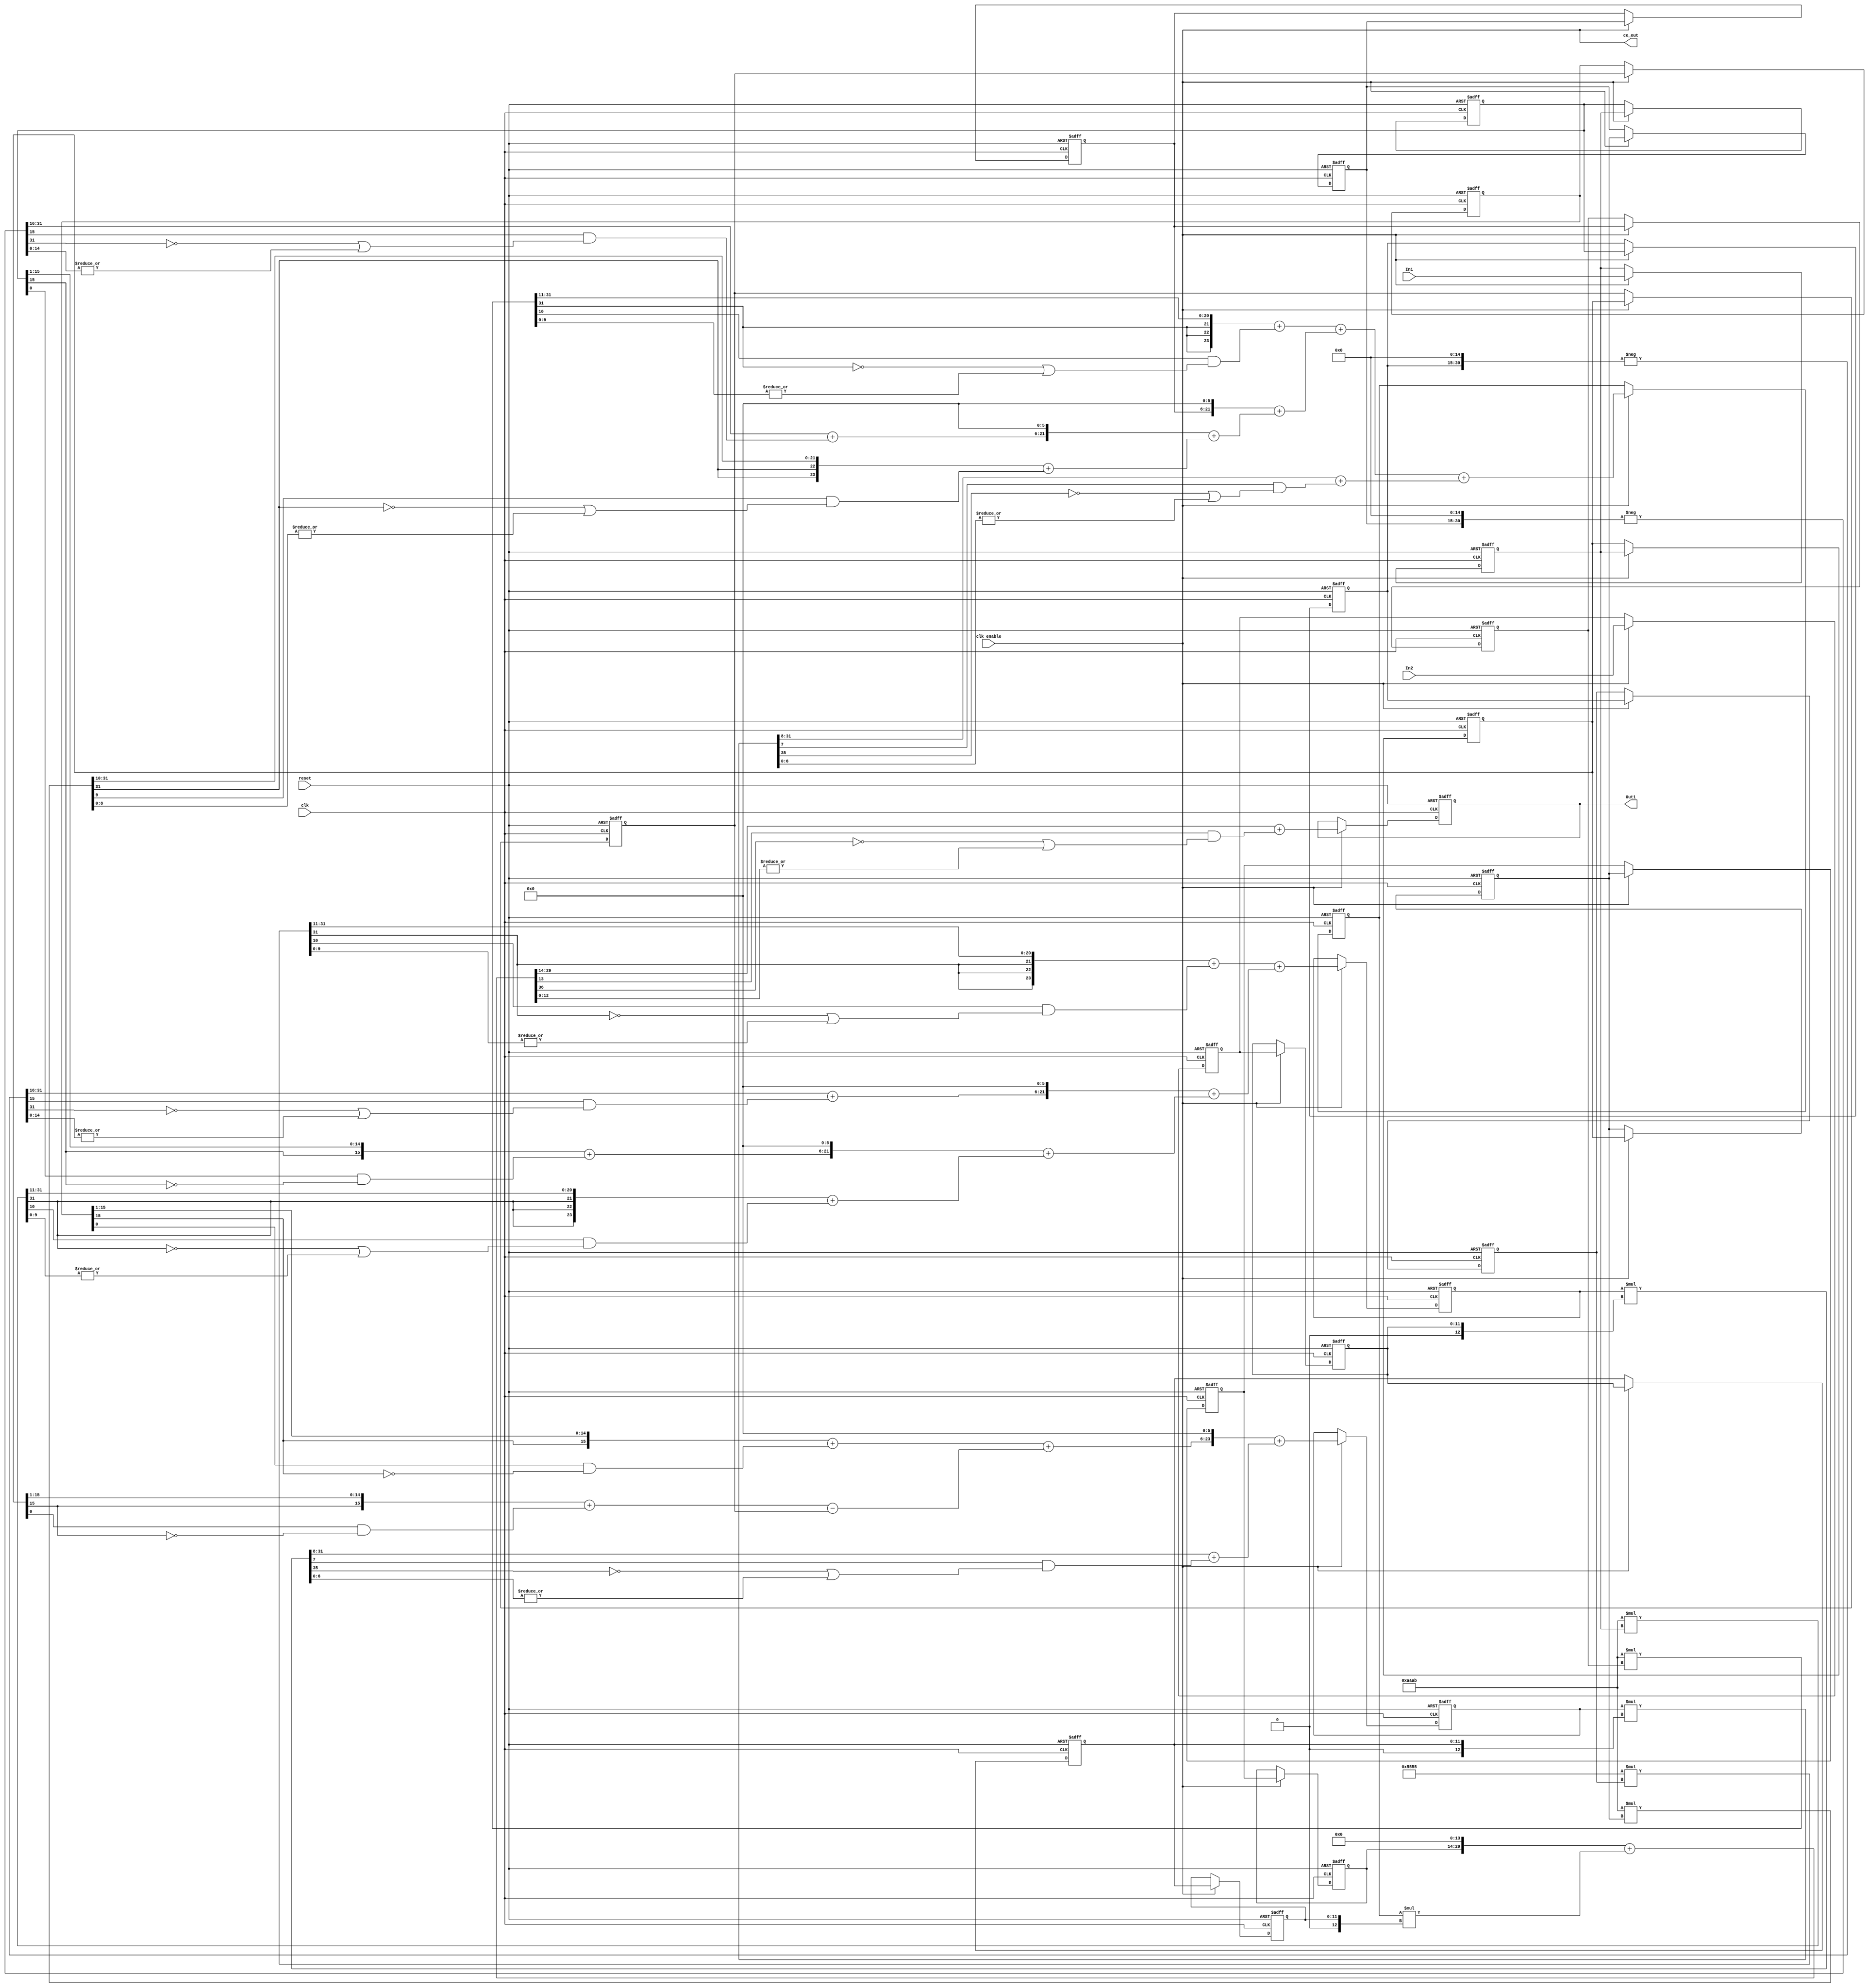
// -------------------------------------------------------------
// 
// 
// Generated by MATLAB 9.12 and HDL Coder 3.20
// 
// 
// -- -------------------------------------------------------------
// -- Rate and Clocking Details
// -- -------------------------------------------------------------
// Model base rate: 0.0001
// Target subsystem base rate: 0.0001
// 
// 
// Clock Enable  Sample Time
// -- -------------------------------------------------------------
// ce_out        0.0001
// -- -------------------------------------------------------------
// 
// 
// Output Signal                 Clock Enable  Sample Time
// -- -------------------------------------------------------------
// Out1                          ce_out        0.0001
// -- -------------------------------------------------------------
// 
// -------------------------------------------------------------


// -------------------------------------------------------------
// 
// Module: Farrow_Canonic
// Source Path: Lab2_farrow_impl2/Farrow_Canonic
// Hierarchy Level: 0
// 
// -------------------------------------------------------------

`timescale 1 ns / 1 ns

module Farrow_Canonic
          (clk,
           reset,
           clk_enable,
           In1,
           In2,
           ce_out,
           Out1);


  input   clk;
  input   reset;
  input   clk_enable;
  input   signed [15:0] In1;  // sfix16_En14
  input   [11:0] In2;  // ufix12_En8
  output  ce_out;
  output  signed [15:0] Out1;  // sfix16_En14


  wire enb;
  reg signed [15:0] Delay_out1;  // sfix16_En14
  reg signed [15:0] Delay13_out1;  // sfix16_En14
  reg signed [15:0] Delay17_out1;  // sfix16_En14
  reg signed [15:0] Delay20_out1;  // sfix16_En14
  reg signed [15:0] Delay8_out1;  // sfix16_En14
  reg signed [15:0] Delay9_out1;  // sfix16_En14
  reg signed [15:0] Delay10_out1;  // sfix16_En14
  wire signed [31:0] Gain1_mul_temp;  // sfix32_En31
  wire signed [23:0] Gain1_out1;  // sfix24_En20
  wire signed [31:0] Gain14_mul_temp;  // sfix32_En30
  wire signed [31:0] Gain14_1;  // sfix32
  wire signed [15:0] Gain14_out1;  // sfix16_En14
  wire signed [31:0] Gain5_mul_temp;  // sfix32_En30
  wire signed [23:0] Gain5_out1;  // sfix24_En20
  wire signed [24:0] Add8_add_cast;  // sfix25_En20
  wire signed [24:0] Add8_add_cast_1;  // sfix25_En20
  wire signed [24:0] Add8_out1;  // sfix25_En20
  wire signed [25:0] Add7_add_cast;  // sfix26_En20
  wire signed [25:0] Add7_add_cast_1;  // sfix26_En20
  wire signed [25:0] Add7_out1;  // sfix26_En20
  wire signed [26:0] Add6_add_cast;  // sfix27_En20
  wire signed [26:0] Add6_add_cast_1;  // sfix27_En20
  wire signed [26:0] Add6_add_temp;  // sfix27_En20
  wire signed [23:0] Add6_out1;  // sfix24_En20
  reg signed [15:0] Delay5_out1;  // sfix16_En14
  reg signed [15:0] Delay6_out1;  // sfix16_En14
  wire signed [31:0] Gain4_cast;  // sfix32_En29
  wire signed [15:0] Gain4_out1;  // sfix16_En14
  wire signed [31:0] Gain2_cast;  // sfix32_En29
  wire signed [15:0] Gain2_out1;  // sfix16_En14
  wire signed [16:0] Add11_sub_cast;  // sfix17_En14
  wire signed [16:0] Add11_sub_cast_1;  // sfix17_En14
  wire signed [16:0] Add11_out1;  // sfix17_En14
  wire signed [17:0] Add10_add_cast;  // sfix18_En14
  wire signed [17:0] Add10_add_cast_1;  // sfix18_En14
  wire signed [17:0] Add10_out1;  // sfix18_En14
  reg signed [15:0] Delay2_out1;  // sfix16_En14
  reg signed [15:0] Delay3_out1;  // sfix16_En14
  wire signed [31:0] Gain3_cast;  // sfix32_En29
  wire signed [15:0] Gain3_out1;  // sfix16_En14
  reg signed [15:0] Delay4_out1;  // sfix16_En14
  wire signed [31:0] Gain6_mul_temp;  // sfix32_En31
  wire signed [23:0] Gain6_out1;  // sfix24_En20
  wire signed [31:0] Gain7_mul_temp;  // sfix32_En30
  wire signed [31:0] Gain7_1;  // sfix32
  wire signed [15:0] Gain7_out1;  // sfix16_En14
  wire signed [31:0] Gain_mul_temp;  // sfix32_En31
  wire signed [23:0] Gain_out1;  // sfix24_En20
  wire signed [24:0] Add14_add_cast;  // sfix25_En20
  wire signed [24:0] Add14_add_cast_1;  // sfix25_En20
  wire signed [24:0] Add14_out1;  // sfix25_En20
  wire signed [25:0] Add13_add_cast;  // sfix26_En20
  wire signed [25:0] Add13_add_cast_1;  // sfix26_En20
  wire signed [25:0] Add13_out1;  // sfix26_En20
  wire signed [26:0] Add12_add_cast;  // sfix27_En20
  wire signed [26:0] Add12_add_cast_1;  // sfix27_En20
  wire signed [26:0] Add12_add_temp;  // sfix27_En20
  wire signed [23:0] Add12_out1;  // sfix24_En20
  reg signed [23:0] Delay7_out1;  // sfix24_En20
  reg [11:0] Delay14_out1;  // ufix12_En8
  reg [11:0] Delay12_out1;  // ufix12_En8
  wire signed [12:0] Product2_cast;  // sfix13_En8
  wire signed [36:0] Product2_mul_temp;  // sfix37_En28
  wire signed [35:0] Product2_cast_1;  // sfix36_En28
  wire signed [23:0] Product2_out1;  // sfix24_En20
  wire signed [24:0] Add5_add_cast;  // sfix25_En20
  wire signed [24:0] Add5_add_cast_1;  // sfix25_En20
  wire signed [24:0] Add5_add_temp;  // sfix25_En20
  wire signed [23:0] Add5_out1;  // sfix24_En20
  reg signed [23:0] Delay15_out1;  // sfix24_En20
  reg [11:0] Delay16_out1;  // ufix12_En8
  wire signed [12:0] Product_cast;  // sfix13_En8
  wire signed [36:0] Product_mul_temp;  // sfix37_En28
  wire signed [35:0] Product_cast_1;  // sfix36_En28
  wire signed [23:0] Product_out1;  // sfix24_En20
  wire signed [23:0] Add4_out1;  // sfix24_En20
  reg signed [23:0] Delay19_out1;  // sfix24_En20
  reg signed [15:0] Delay11_out1;  // sfix16_En14
  reg [11:0] Delay18_out1;  // ufix12_En8
  wire signed [12:0] Product1_cast;  // sfix13_En8
  wire signed [36:0] Product1_mul_temp;  // sfix37_En28
  wire signed [35:0] Product1_out1;  // sfix36_En28
  wire signed [36:0] Add3_add_cast;  // sfix37_En28
  wire signed [36:0] Add3_add_cast_1;  // sfix37_En28
  wire signed [36:0] Add3_add_temp;  // sfix37_En28
  wire signed [15:0] Add3_out1;  // sfix16_En14
  reg signed [15:0] Delay1_out1;  // sfix16_En14


  assign enb = clk_enable;

  always @(posedge clk or posedge reset)
    begin : Delay_process
      if (reset == 1'b1) begin
        Delay_out1 <= 16'sb0000000000000000;
      end
      else begin
        if (enb) begin
          Delay_out1 <= In1;
        end
      end
    end



  always @(posedge clk or posedge reset)
    begin : Delay13_process
      if (reset == 1'b1) begin
        Delay13_out1 <= 16'sb0000000000000000;
      end
      else begin
        if (enb) begin
          Delay13_out1 <= Delay_out1;
        end
      end
    end



  always @(posedge clk or posedge reset)
    begin : Delay17_process
      if (reset == 1'b1) begin
        Delay17_out1 <= 16'sb0000000000000000;
      end
      else begin
        if (enb) begin
          Delay17_out1 <= Delay13_out1;
        end
      end
    end



  always @(posedge clk or posedge reset)
    begin : Delay20_process
      if (reset == 1'b1) begin
        Delay20_out1 <= 16'sb0000000000000000;
      end
      else begin
        if (enb) begin
          Delay20_out1 <= Delay17_out1;
        end
      end
    end



  always @(posedge clk or posedge reset)
    begin : Delay8_process
      if (reset == 1'b1) begin
        Delay8_out1 <= 16'sb0000000000000000;
      end
      else begin
        if (enb) begin
          Delay8_out1 <= Delay17_out1;
        end
      end
    end



  always @(posedge clk or posedge reset)
    begin : Delay9_process
      if (reset == 1'b1) begin
        Delay9_out1 <= 16'sb0000000000000000;
      end
      else begin
        if (enb) begin
          Delay9_out1 <= Delay8_out1;
        end
      end
    end



  always @(posedge clk or posedge reset)
    begin : Delay10_process
      if (reset == 1'b1) begin
        Delay10_out1 <= 16'sb0000000000000000;
      end
      else begin
        if (enb) begin
          Delay10_out1 <= Delay9_out1;
        end
      end
    end



  assign Gain1_mul_temp = 16'sb1010101010101011 * Delay10_out1;
  assign Gain1_out1 = ({{3{Gain1_mul_temp[31]}}, Gain1_mul_temp[31:11]}) + $signed({1'b0, Gain1_mul_temp[10] & (( ~ Gain1_mul_temp[31]) | (|Gain1_mul_temp[9:0]))});



  // CSD Encoding (32768) : 1000000000000000; Cost (Adders) = 0
  assign Gain14_1 = {Delay8_out1[15], {Delay8_out1, 15'b000000000000000}};
  assign Gain14_mul_temp =  - (Gain14_1);
  assign Gain14_out1 = Gain14_mul_temp[31:16] + $signed({1'b0, Gain14_mul_temp[15] & (( ~ Gain14_mul_temp[31]) | (|Gain14_mul_temp[14:0]))});



  assign Gain5_mul_temp = 16'sb1010101010101011 * Delay17_out1;
  assign Gain5_out1 = ({{2{Gain5_mul_temp[31]}}, Gain5_mul_temp[31:10]}) + $signed({1'b0, Gain5_mul_temp[9] & (( ~ Gain5_mul_temp[31]) | (|Gain5_mul_temp[8:0]))});



  assign Add8_add_cast = {{3{Gain14_out1[15]}}, {Gain14_out1, 6'b000000}};
  assign Add8_add_cast_1 = {Gain5_out1[23], Gain5_out1};
  assign Add8_out1 = Add8_add_cast + Add8_add_cast_1;



  assign Add7_add_cast = {{4{Delay9_out1[15]}}, {Delay9_out1, 6'b000000}};
  assign Add7_add_cast_1 = {Add8_out1[24], Add8_out1};
  assign Add7_out1 = Add7_add_cast + Add7_add_cast_1;



  assign Add6_add_cast = {{3{Gain1_out1[23]}}, Gain1_out1};
  assign Add6_add_cast_1 = {Add7_out1[25], Add7_out1};
  assign Add6_add_temp = Add6_add_cast + Add6_add_cast_1;
  assign Add6_out1 = Add6_add_temp[23:0];



  always @(posedge clk or posedge reset)
    begin : Delay5_process
      if (reset == 1'b1) begin
        Delay5_out1 <= 16'sb0000000000000000;
      end
      else begin
        if (enb) begin
          Delay5_out1 <= Delay13_out1;
        end
      end
    end



  always @(posedge clk or posedge reset)
    begin : Delay6_process
      if (reset == 1'b1) begin
        Delay6_out1 <= 16'sb0000000000000000;
      end
      else begin
        if (enb) begin
          Delay6_out1 <= Delay5_out1;
        end
      end
    end



  assign Gain4_cast = {{2{Delay6_out1[15]}}, {Delay6_out1, 14'b00000000000000}};
  assign Gain4_out1 = Gain4_cast[30:15] + $signed({1'b0, Gain4_cast[14] & (( ~ Gain4_cast[31]) | (|Gain4_cast[13:0]))});



  assign Gain2_cast = {{2{Delay13_out1[15]}}, {Delay13_out1, 14'b00000000000000}};
  assign Gain2_out1 = Gain2_cast[30:15] + $signed({1'b0, Gain2_cast[14] & (( ~ Gain2_cast[31]) | (|Gain2_cast[13:0]))});



  assign Add11_sub_cast = {Gain2_out1[15], Gain2_out1};
  assign Add11_sub_cast_1 = {Delay5_out1[15], Delay5_out1};
  assign Add11_out1 = Add11_sub_cast - Add11_sub_cast_1;



  assign Add10_add_cast = {{2{Gain4_out1[15]}}, Gain4_out1};
  assign Add10_add_cast_1 = {Add11_out1[16], Add11_out1};
  assign Add10_out1 = Add10_add_cast + Add10_add_cast_1;



  always @(posedge clk or posedge reset)
    begin : Delay2_process
      if (reset == 1'b1) begin
        Delay2_out1 <= 16'sb0000000000000000;
      end
      else begin
        if (enb) begin
          Delay2_out1 <= Delay_out1;
        end
      end
    end



  always @(posedge clk or posedge reset)
    begin : Delay3_process
      if (reset == 1'b1) begin
        Delay3_out1 <= 16'sb0000000000000000;
      end
      else begin
        if (enb) begin
          Delay3_out1 <= Delay2_out1;
        end
      end
    end



  assign Gain3_cast = {{2{Delay2_out1[15]}}, {Delay2_out1, 14'b00000000000000}};
  assign Gain3_out1 = Gain3_cast[30:15] + $signed({1'b0, Gain3_cast[14] & (( ~ Gain3_cast[31]) | (|Gain3_cast[13:0]))});



  always @(posedge clk or posedge reset)
    begin : Delay4_process
      if (reset == 1'b1) begin
        Delay4_out1 <= 16'sb0000000000000000;
      end
      else begin
        if (enb) begin
          Delay4_out1 <= Delay3_out1;
        end
      end
    end



  assign Gain6_mul_temp = 16'sb0101010101010101 * Delay4_out1;
  assign Gain6_out1 = ({{3{Gain6_mul_temp[31]}}, Gain6_mul_temp[31:11]}) + $signed({1'b0, Gain6_mul_temp[10] & (( ~ Gain6_mul_temp[31]) | (|Gain6_mul_temp[9:0]))});



  // CSD Encoding (32768) : 1000000000000000; Cost (Adders) = 0
  assign Gain7_1 = {Delay3_out1[15], {Delay3_out1, 15'b000000000000000}};
  assign Gain7_mul_temp =  - (Gain7_1);
  assign Gain7_out1 = Gain7_mul_temp[31:16] + $signed({1'b0, Gain7_mul_temp[15] & (( ~ Gain7_mul_temp[31]) | (|Gain7_mul_temp[14:0]))});



  assign Gain_mul_temp = 16'sb1010101010101011 * Delay_out1;
  assign Gain_out1 = ({{3{Gain_mul_temp[31]}}, Gain_mul_temp[31:11]}) + $signed({1'b0, Gain_mul_temp[10] & (( ~ Gain_mul_temp[31]) | (|Gain_mul_temp[9:0]))});



  assign Add14_add_cast = {{3{Gain3_out1[15]}}, {Gain3_out1, 6'b000000}};
  assign Add14_add_cast_1 = {Gain_out1[23], Gain_out1};
  assign Add14_out1 = Add14_add_cast + Add14_add_cast_1;



  assign Add13_add_cast = {{4{Gain7_out1[15]}}, {Gain7_out1, 6'b000000}};
  assign Add13_add_cast_1 = {Add14_out1[24], Add14_out1};
  assign Add13_out1 = Add13_add_cast + Add13_add_cast_1;



  assign Add12_add_cast = {{3{Gain6_out1[23]}}, Gain6_out1};
  assign Add12_add_cast_1 = {Add13_out1[25], Add13_out1};
  assign Add12_add_temp = Add12_add_cast + Add12_add_cast_1;
  assign Add12_out1 = Add12_add_temp[23:0];



  always @(posedge clk or posedge reset)
    begin : Delay7_process
      if (reset == 1'b1) begin
        Delay7_out1 <= 24'sb000000000000000000000000;
      end
      else begin
        if (enb) begin
          Delay7_out1 <= Add12_out1;
        end
      end
    end



  always @(posedge clk or posedge reset)
    begin : Delay14_process
      if (reset == 1'b1) begin
        Delay14_out1 <= 12'b000000000000;
      end
      else begin
        if (enb) begin
          Delay14_out1 <= In2;
        end
      end
    end



  always @(posedge clk or posedge reset)
    begin : Delay12_process
      if (reset == 1'b1) begin
        Delay12_out1 <= 12'b000000000000;
      end
      else begin
        if (enb) begin
          Delay12_out1 <= Delay14_out1;
        end
      end
    end



  assign Product2_cast = {1'b0, Delay12_out1};
  assign Product2_mul_temp = Delay7_out1 * Product2_cast;
  assign Product2_cast_1 = Product2_mul_temp[35:0];
  assign Product2_out1 = Product2_cast_1[31:8] + $signed({1'b0, Product2_cast_1[7] & (( ~ Product2_cast_1[35]) | (|Product2_cast_1[6:0]))});



  assign Add5_add_cast = {Add10_out1[17], {Add10_out1, 6'b000000}};
  assign Add5_add_cast_1 = {Product2_out1[23], Product2_out1};
  assign Add5_add_temp = Add5_add_cast + Add5_add_cast_1;
  assign Add5_out1 = Add5_add_temp[23:0];



  always @(posedge clk or posedge reset)
    begin : Delay15_process
      if (reset == 1'b1) begin
        Delay15_out1 <= 24'sb000000000000000000000000;
      end
      else begin
        if (enb) begin
          Delay15_out1 <= Add5_out1;
        end
      end
    end



  always @(posedge clk or posedge reset)
    begin : Delay16_process
      if (reset == 1'b1) begin
        Delay16_out1 <= 12'b000000000000;
      end
      else begin
        if (enb) begin
          Delay16_out1 <= Delay12_out1;
        end
      end
    end



  assign Product_cast = {1'b0, Delay16_out1};
  assign Product_mul_temp = Delay15_out1 * Product_cast;
  assign Product_cast_1 = Product_mul_temp[35:0];
  assign Product_out1 = Product_cast_1[31:8] + $signed({1'b0, Product_cast_1[7] & (( ~ Product_cast_1[35]) | (|Product_cast_1[6:0]))});



  assign Add4_out1 = Add6_out1 + Product_out1;



  always @(posedge clk or posedge reset)
    begin : Delay19_process
      if (reset == 1'b1) begin
        Delay19_out1 <= 24'sb000000000000000000000000;
      end
      else begin
        if (enb) begin
          Delay19_out1 <= Add4_out1;
        end
      end
    end



  always @(posedge clk or posedge reset)
    begin : Delay11_process
      if (reset == 1'b1) begin
        Delay11_out1 <= 16'sb0000000000000000;
      end
      else begin
        if (enb) begin
          Delay11_out1 <= Delay20_out1;
        end
      end
    end



  always @(posedge clk or posedge reset)
    begin : Delay18_process
      if (reset == 1'b1) begin
        Delay18_out1 <= 12'b000000000000;
      end
      else begin
        if (enb) begin
          Delay18_out1 <= Delay16_out1;
        end
      end
    end



  assign Product1_cast = {1'b0, Delay18_out1};
  assign Product1_mul_temp = Delay19_out1 * Product1_cast;
  assign Product1_out1 = Product1_mul_temp[35:0];



  assign Add3_add_cast = {{7{Delay11_out1[15]}}, {Delay11_out1, 14'b00000000000000}};
  assign Add3_add_cast_1 = {Product1_out1[35], Product1_out1};
  assign Add3_add_temp = Add3_add_cast + Add3_add_cast_1;
  assign Add3_out1 = Add3_add_temp[29:14] + $signed({1'b0, Add3_add_temp[13] & (( ~ Add3_add_temp[36]) | (|Add3_add_temp[12:0]))});



  always @(posedge clk or posedge reset)
    begin : Delay1_process
      if (reset == 1'b1) begin
        Delay1_out1 <= 16'sb0000000000000000;
      end
      else begin
        if (enb) begin
          Delay1_out1 <= Add3_out1;
        end
      end
    end



  assign Out1 = Delay1_out1;

  assign ce_out = clk_enable;

endmodule  // Farrow_Canonic